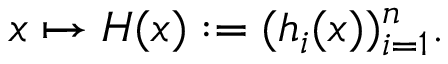
x \mapsto H ( x ) : = ( h _ { i } ( x ) ) _ { i = 1 } ^ { n } .